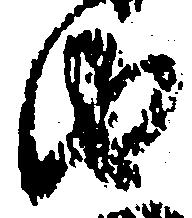
由